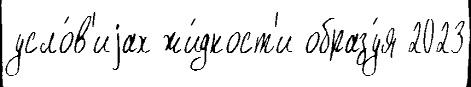
усло́в'иjах жи́дкост'и образу́я 2023